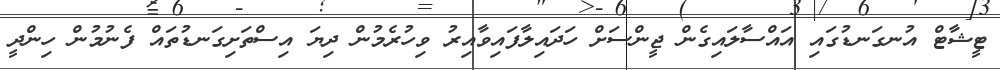
ޓީޝާޓް އުނގަނޑުގައި އައްސާލައިގެން ޖީންސަށް ހަދައިލާފައިވާއިރު ވިހުރެމުން ދިޔަ އިސްތަށިގަނޑުތައް ފެނުމުން ހިންދީ